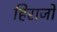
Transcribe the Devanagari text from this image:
हिराजो